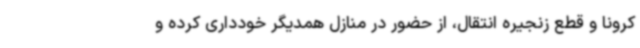
کرونا و قطع زنجیره انتقال، از حضور در منازل همدیگر خودداری کرده و